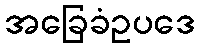
အခြေခံဥပဒေ